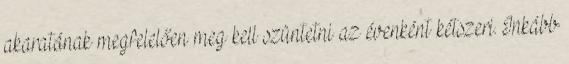
akaratának megfelelően meg kell szüntetni az évenként kétszeri. Inkább